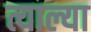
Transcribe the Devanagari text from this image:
त्याल्या